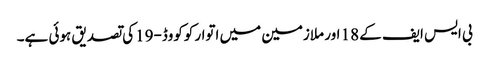
بی ایس ایف کے 18 اور ملازمین میں اتوار کوکووڈ-19کی تصدیق ہوئی ہے۔